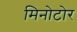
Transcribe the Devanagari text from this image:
मिनोटोर